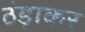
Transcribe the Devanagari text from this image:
ठंड़ाकर